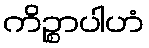
ကိဉ္စာပါဟံ